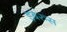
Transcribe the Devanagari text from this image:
इबेरुस